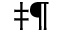
^ { \ddagger \mathparagraph }